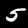
Label: 5